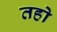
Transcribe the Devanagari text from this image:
तहो